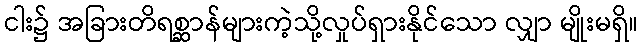
ငါး၌ အခြားတိရစ္ဆာန်များကဲ့သို့လှုပ်ရှားနိုင်သော လျှာ မျိုးမရှိ။